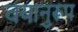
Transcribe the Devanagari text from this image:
वयानुरूप